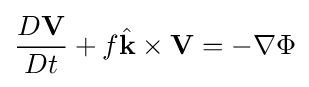
{D\mathbf {V}  \over Dt}+f{\hat {\mathbf {k} }}\times \mathbf {V} =-\nabla \Phi